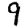
Digit: 9